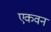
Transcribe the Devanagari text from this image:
एकवन